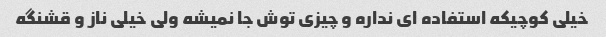
خیلی کوچیکه استفاده ای نداره و چیزی توش جا نمیشه ولی خیلی ناز و قشنگه